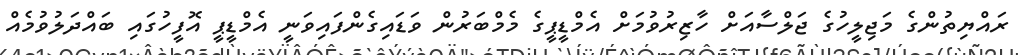
ރައްޔިތުންގެ މަޖިލީހުގެ ޖަލްސާއަށް ހާޒިރުވުމަށް އެމްޑީޕީގެ މެމްބަރުން ވަޑައިގެންފައިވަނީ އެމްޑީޕީ އޮފީހުގައި ބައްދަލުވުމެއް